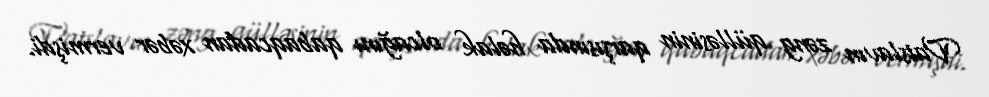
Vatslavın zəng qülləsinin qarşısında həlak olcağını qabaqcadan xəbər vermişdi.